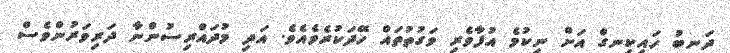
ދަނބު ހައިކިނގް އަށް ނިކުމެ އުފާވެރި ވަގުތުތައް ހޭދަކުރެވެއެވެ. އަދި މުދައްރިސުންނާ ދަރިވަރުންވެސް